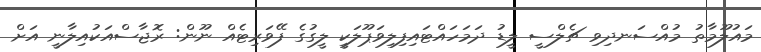
މައުލޫމާތު މުއްސަނދިވި ޗެލްސީ ލީޑު ދަމަހައްޓައިފިލިވަޕޫލަކީ ލީގުގެ ފޭވަރިޓެއް ނޫން: ރޮޖާސްއަކުއިލާނީ އަށް